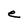
Character: e